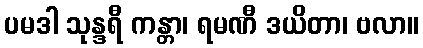
ပမဒါ သုန္ဒရီ ကန္တာ၊ ရမဏီ ဒယိတာ၊ ဗလာ။